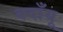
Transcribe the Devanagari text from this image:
बदाँयू